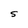
Character: S